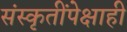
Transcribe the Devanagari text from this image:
संस्कृतींपेक्षाही